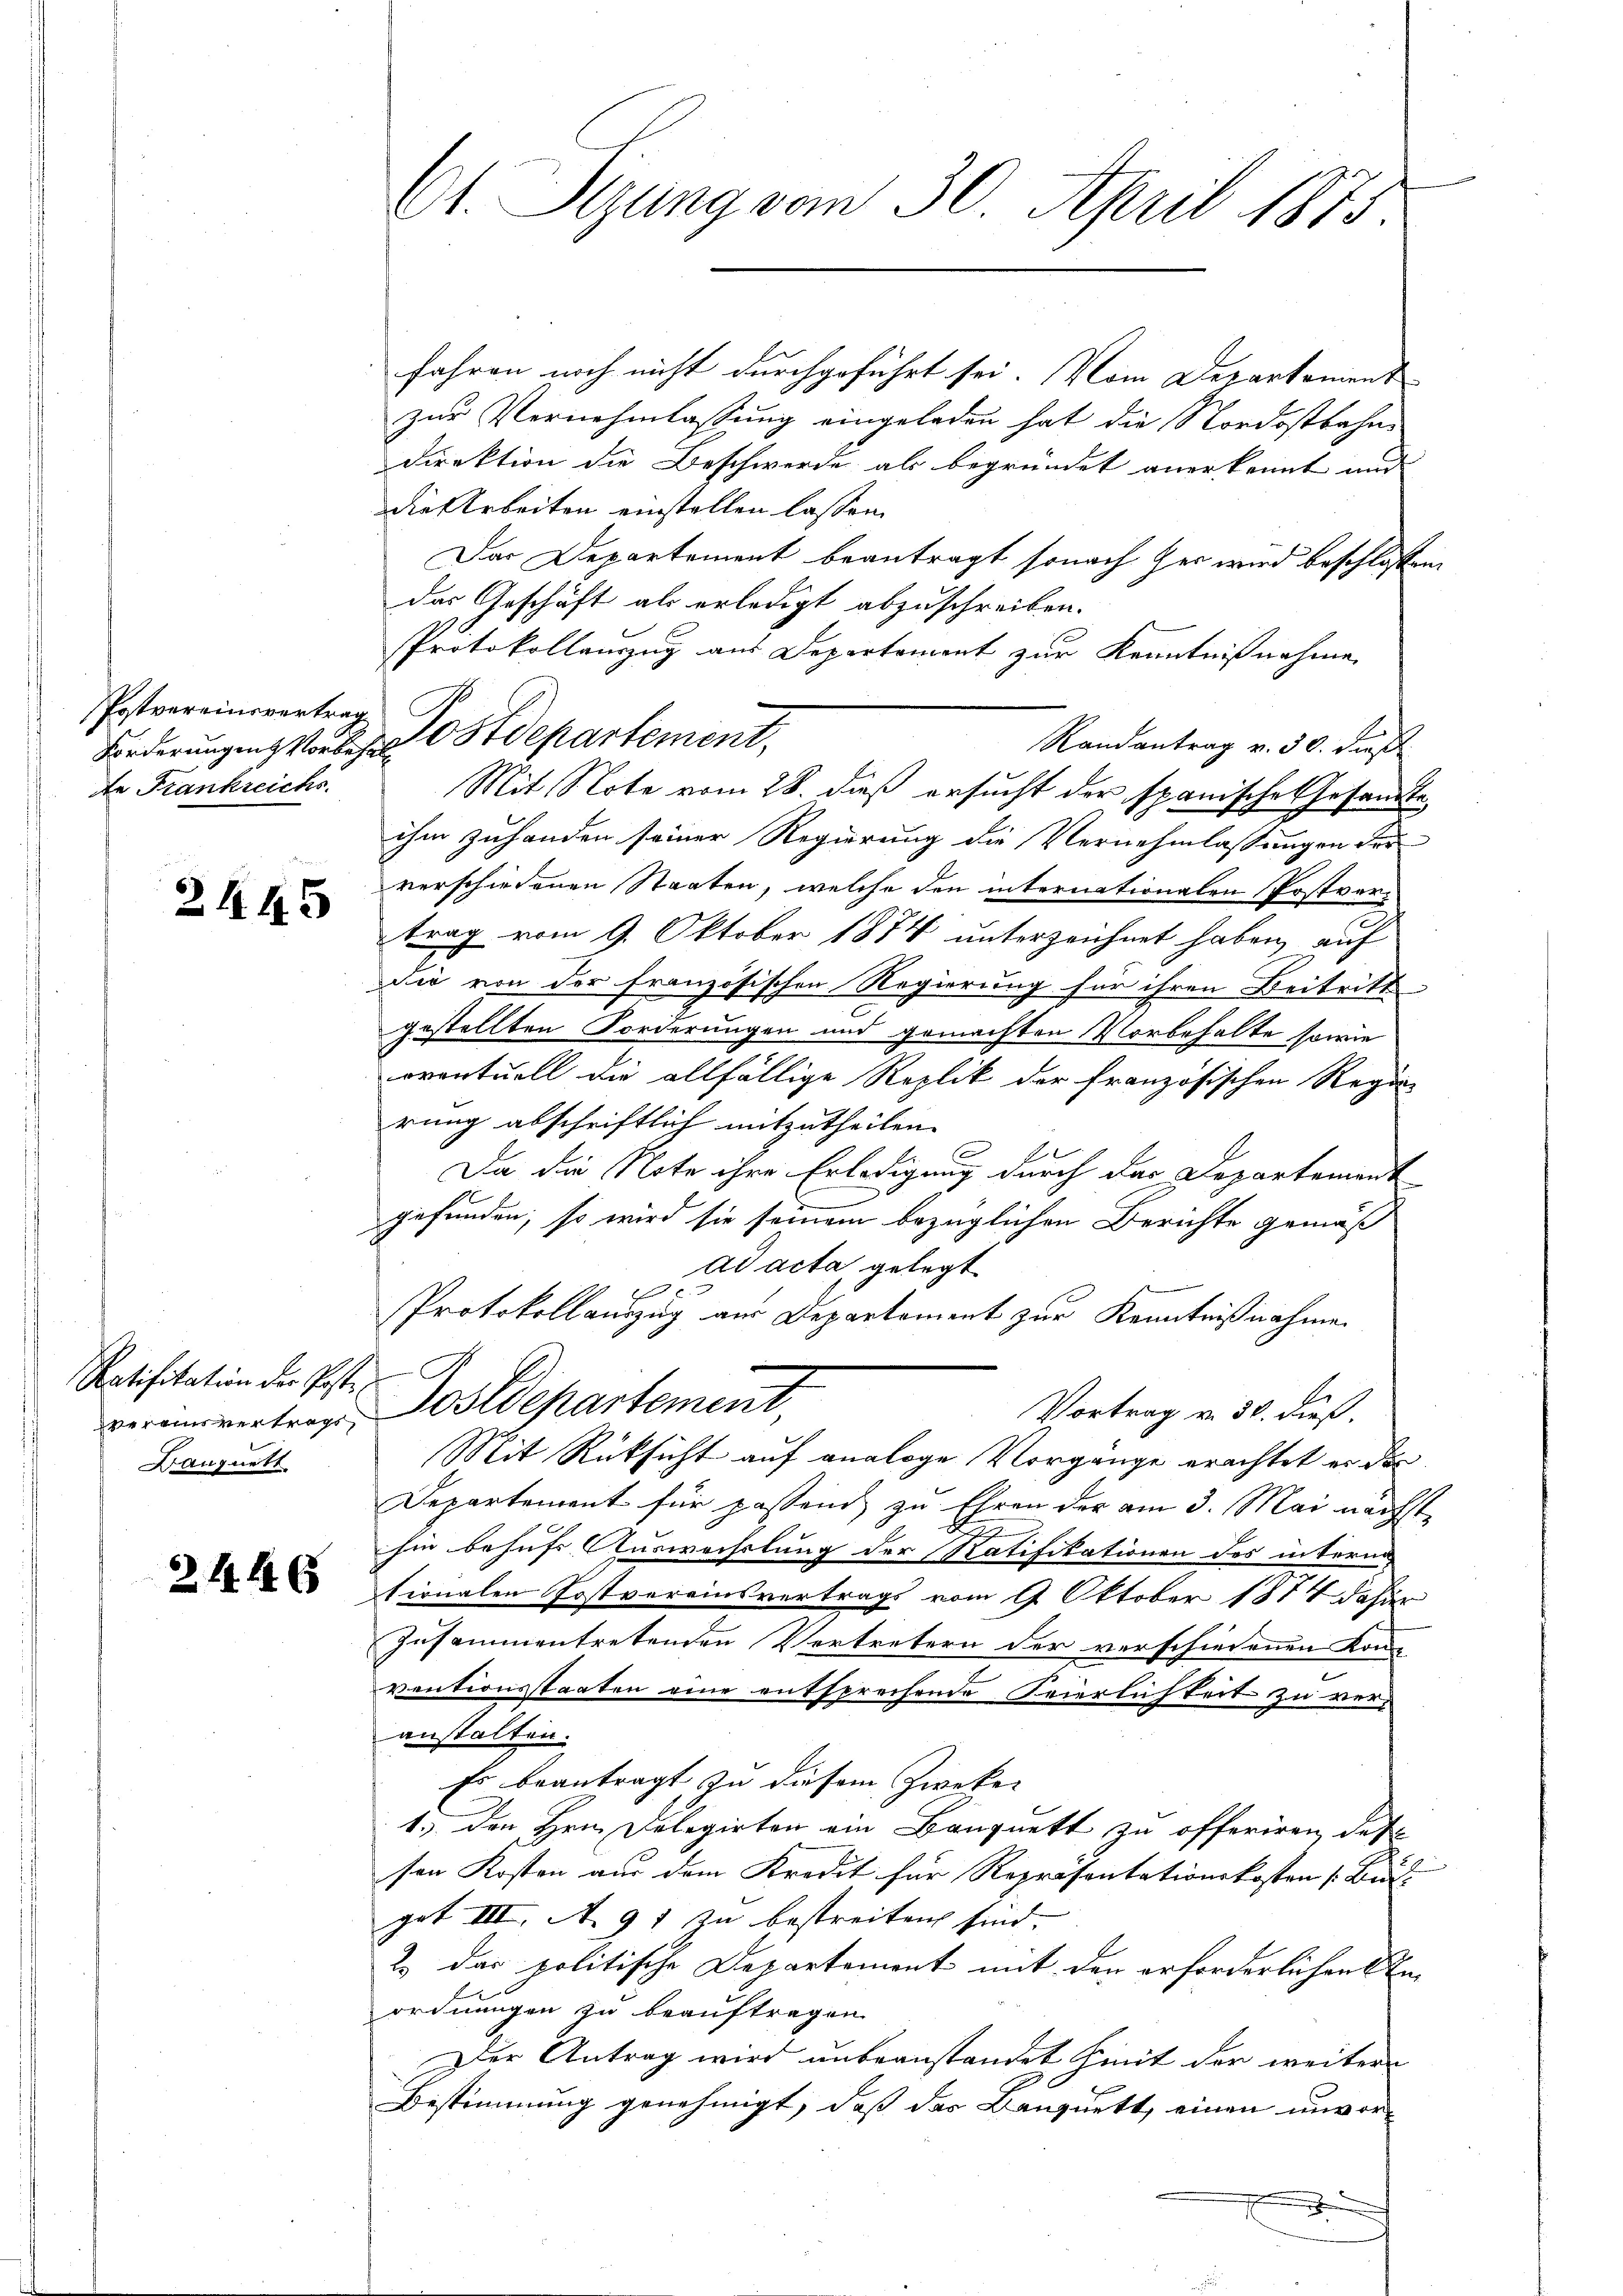
Postvereinsvertrag
de Frankreichs

2445

fahren noch nicht durchgeführt sei. Vom Departament
zur Vernehmlassung eingeladen hat die Nordostbahne
Direktion die Beschwerde als begründet anerkennt und
Die Arbeiten einstellen lassen.
Das Departement beantragt sonach her wird beschlossen
das Geschäft als erledigt abzuschreiben.
Protokollauszug aus Departement zur Kenntnißnahme
Randantrag v. 30. dieß
Mit Note vom 28. daß ersucht der spanische Gesandte
ihm zuhanden seiner Regierung die Vernehmlassungen der
verschiedenen Staaten, welche den internationalen Postvertrag vom 9. Oktober 1874 unterzeichnet haben, auf
Die von der französischen Regierung für ihren Beitritt
gestellten Forderungen und gemachten Vorbehalte sowie
oventuell die allfällige Replik der französischen Regi
rung abschriftlich mitzutheilen.
s
2
Da die Note ihre Erledigung durch das Departement
gefunden, so wird sie seinem bezüglichen Berichte gemäß
ad acta gelegt
E
Protokollauszug aus Departement zur Kenntnißnahme.
Vortrag v. 30. dieß.
vereinsvertrage Postdepartement
Mit Rüksicht auf analoge Vorgange erachtet er der
Departement für pastend zu Ehren der am 3. Mai nächst
hin behufs Auswechslung der Ratifikationen des interne
Sirnalen Postvereinsvertrags vom 9 Oktober 1874 dahier
zusammentretenden Vertretern der verschiedenen Kon-
ventionsstaaten eine entsprechende Seierlichkeit zu veranstalten.
Es beantragt zu diesem Zwecker
1.) Den Hrn. Delegirten ein Bauquett zu offeriren, des
sen Kosten aus dem Kredit für Repräsentationskosten (Butt
got III. A. 91 zu bestreiten sind.
2.) Das politische Departement mit der erforderlichen Erordnungen zu beauftragen.
Der Antrag wird unbeanstandet mit der weitere
Bestimmung genehmigt, daß das Banquett, einen unvor¬
E
e

Ratifikation der Poste
Baugnett

2446

Ct. Sizung vom 30. April 1875.

Forderungen Vorben Ostdepartement,